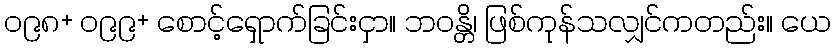
၀၉၈+ ၀၉၉+ စောင့်ရှောက်ခြင်းငှာ။ ဘဝန္တိ၊ ဖြစ်ကုန်သလျှင်ကတည်း။ ယေ